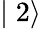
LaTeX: \mid 2\rangle